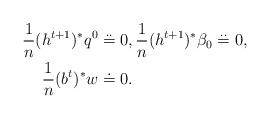
LaTeX: \begin{align*}\frac{1}{n}(h^{t+1})^* q^0 & \overset{\mathbf{. .}}{=} 0, \frac{1}{n}(h^{t+1})^* \beta_0 \overset{\mathbf{. .}}{=} 0, \\\frac{1}{n}(b^t)^* w &\doteq 0. \end{align*}